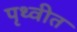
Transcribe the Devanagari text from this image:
पृथ्वीत